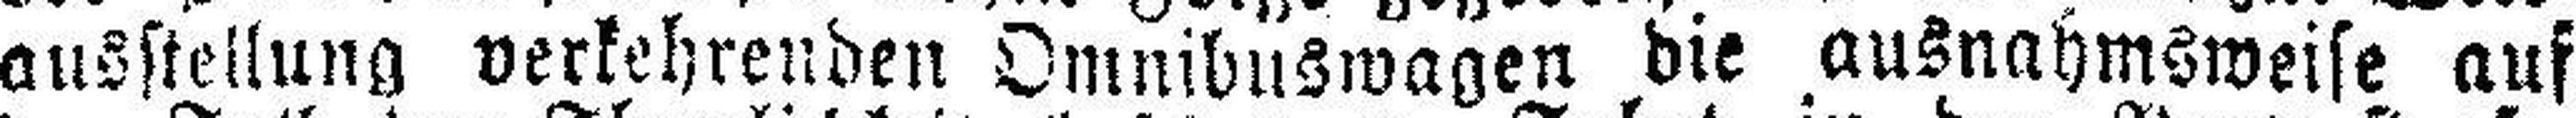
ausstellung verkehrenden Omnibuswagen die ausnahmsweise auf